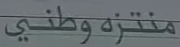
منتزهوطني